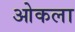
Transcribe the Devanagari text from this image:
ओकला